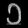
Digit: ၁